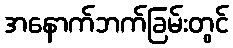
အနောက်ဘက်ခြမ်းတွင်